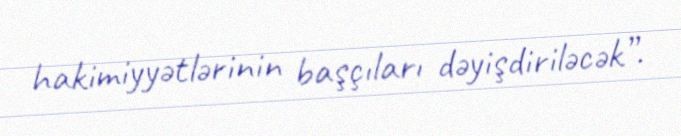
hakimiyyətlərinin başçıları dəyişdiriləcək”.